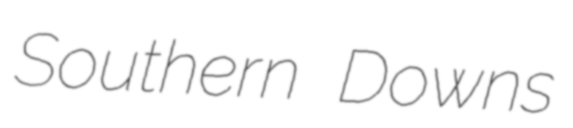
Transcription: Southern Downs